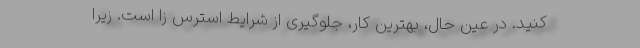
کنید. در عین حال، بهترین کار، جلوگیری از شرایط استرس زا است. زیرا